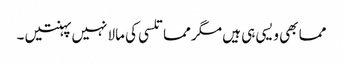
مما بھی ویسی ہی ہیں مگر مما تلسی کی مالا نہیں پہنتیں ۔